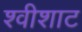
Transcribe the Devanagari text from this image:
श्वीशाट